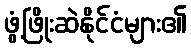
ဖွံ့ဖြိုးဆဲနိုင်ငံများ၏